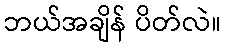
ဘယ်အချိန် ပိတ်လဲ။